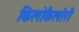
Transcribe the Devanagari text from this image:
किलोकैलोरी